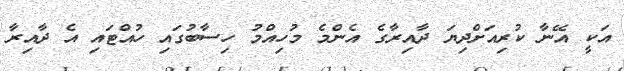
އަކީ އޭނާ ކުރިއަށްދިޔަ ދާއިރާގެ އެންމެ މުހިއްމު ހިސާބުގައި ހުއްޓައި އެ ދާއިރާ